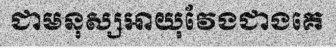
ជាមនុស្សអាយុវែងជាងគេ